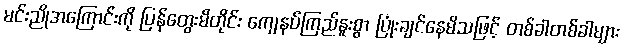
မင်းညိုအကြောင်းကို ပြန်တွေးမိတိုင်း ကျေနပ်ကြည်နူးစွာ ပြုံးချင်နေမိသဖြင့် တစ်ခါတစ်ခါများ